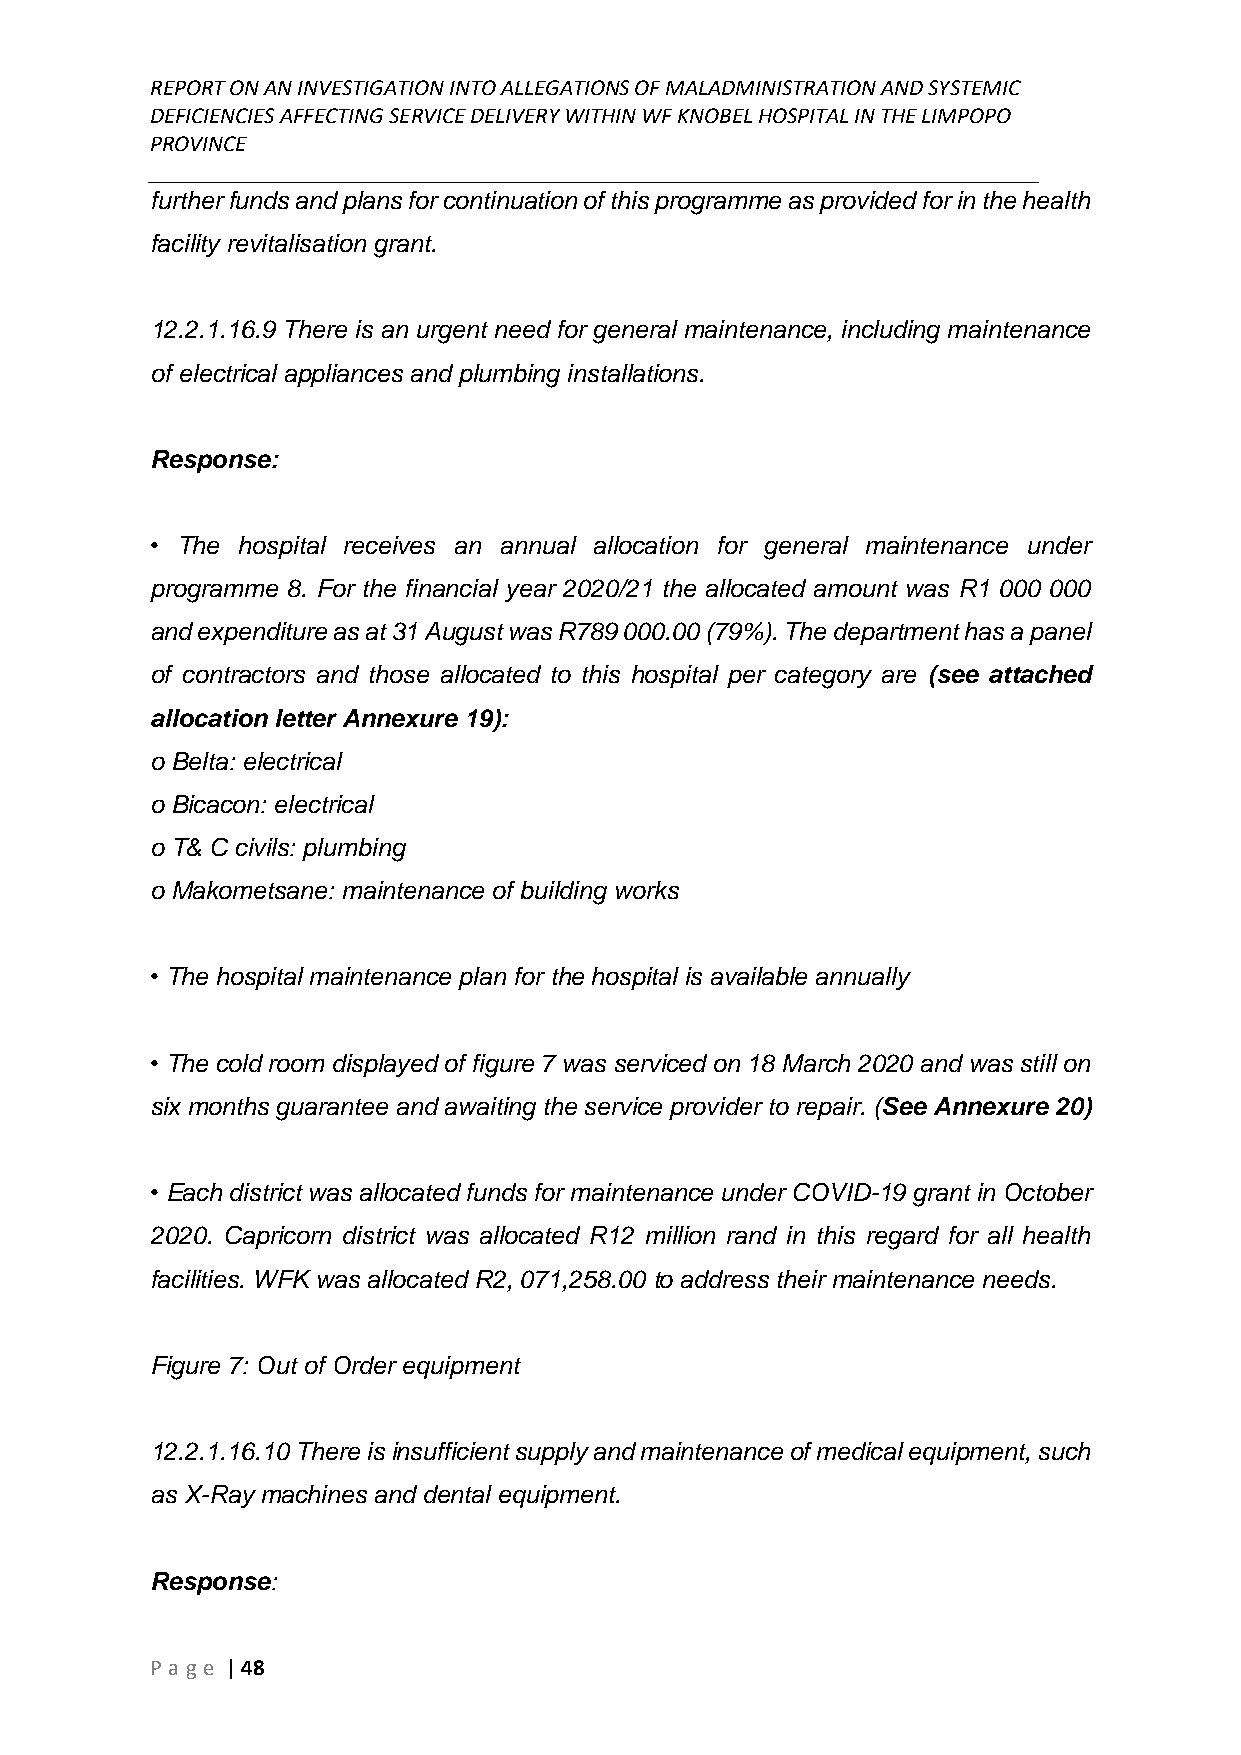
REPORT ON AN INVESTIGATION INTO ALLEGATIONS OF MALADMINISTRATION AND SYSTEMIC
 DEFICIENCIES AFFECTING SERVICE DELIVERY WITHIN WF KNOBEL HOSPITAL IN THE LIMPOPO
 PROVINCE
 ______________________________________________________________________________
 further funds and plans for continuation of this programme as provided for in the health
 facility revitalisation grant.
 12.2.1.16.9 There is an urgent need for general maintenance, including maintenance
 of electrical appliances and plumbing installations.
 Response:
 • The hospital receives an annual allocation for general maintenance under
 programme 8. For the financial year 2020/21 the allocated amount was R1 000 000
 and expenditure as at 31 August was R789 000.00 (79%). The department has a panel
 of contractors and those allocated to this hospital per category are (see attached
 allocation letter Annexure 19):
 o Belta: electrical
 o Bicacon: electrical
 o T& C civils: plumbing
 o Makometsane: maintenance of building works
 • The hospital maintenance plan for the hospital is available annually
 • The cold room displayed of figure 7 was serviced on 18 March 2020 and was still on
 six months guarantee and awaiting the service provider to repair. (See Annexure 20)
 • Each district was allocated funds for maintenance under COVID-19 grant in October
 2020. Capricorn district was allocated R12 million rand in this regard for all health
 facilities. WFK was allocated R2, 071,258.00 to address their maintenance needs.
 Figure 7: Out of Order equipment
 12.2.1.16.10 There is insufficient supply and maintenance of medical equipment, such
 as X-Ray machines and dental equipment.
 Response:
 P age | 48